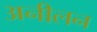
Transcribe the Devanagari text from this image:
अनीलन